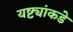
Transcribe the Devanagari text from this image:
यष्ट्यांकडे